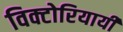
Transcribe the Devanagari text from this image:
विक्टोरियायी